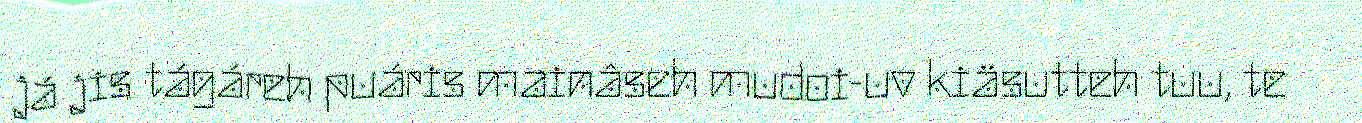
já jis tágáreh puáris mainâseh mudoi-uv kiäsutteh tuu, te